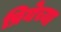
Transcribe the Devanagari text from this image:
प्रियेच्या